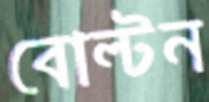
বোল্টন